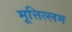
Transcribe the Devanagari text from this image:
मूत्तिल्लम